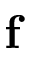
\mathbf { f }